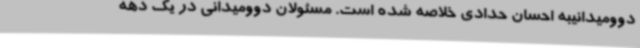
دوومیدانیبه احسان حدادی خلاصه شده است. مسئولان دوومیدانی در یک دهه